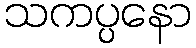
သကပ္ပနော